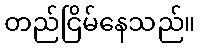
တည်ငြိမ်နေသည်။